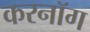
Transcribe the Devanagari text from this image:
करनॉग